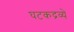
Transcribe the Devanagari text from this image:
घटकद्रव्ये